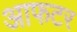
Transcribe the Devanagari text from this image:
आफटर